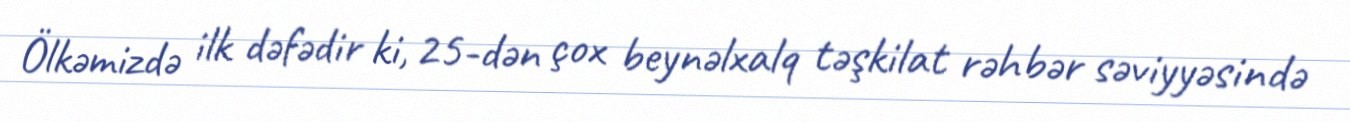
Ölkəmizdə ilk dəfədir ki, 25-dən çox beynəlxalq təşkilat rəhbər səviyyəsində